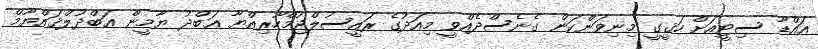
އައްޑޫ ސިޓީއަށް ހަޤީގީ މިނިވަންކަން ގެނެސްދެއްވީ މިއަދުގެ ރައީސުލްޖުމްހޫރިއްޔާ ޢަބްދު ޔާމީން ޢަބްދުލްޤައްޔޫމް